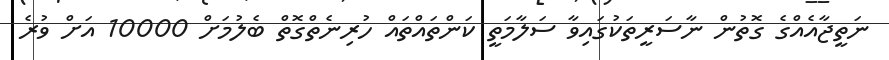
ނަތީޖާއެއްގެ ގޮތުން ނާސަރީތަކުގައިވާ ސަލާމަތީ ކަންތައްތައް ހުރިނެތްގޮތް ބެލުމަށް 10000 އަށް ވުރެ